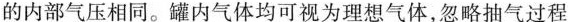
的内部气压相同。罐内气体均可视为理想气体，忽略抽气过程